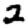
Digit: 2